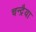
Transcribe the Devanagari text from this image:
चन्द्रैया